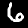
Label: 6